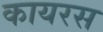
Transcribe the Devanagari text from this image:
कायरस